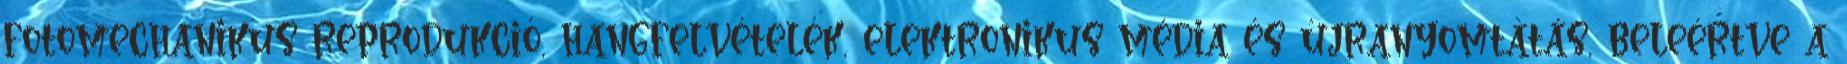
fotomechanikus reprodukció, hangfelvételek, elektronikus média és újranyomtatás, beleértve a